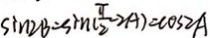
\sin 2 B = \sin ( \frac { \pi } { 2 } - 2 A ) = \cos 2 A